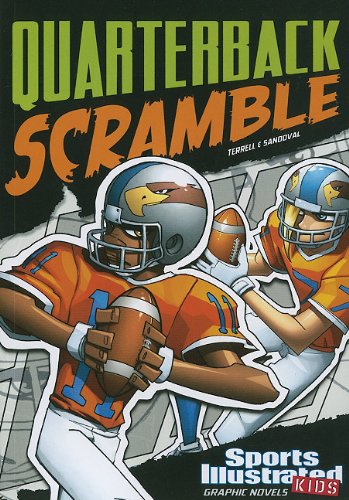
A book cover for Quarterback Scramble (Sports Illustrated Kids Graphic Novels); Brandon Terrell; Children's Books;